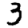
Digit: 3